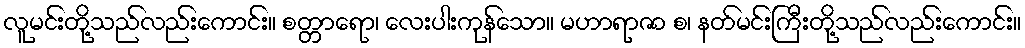
လူမင်းတို့သည်လည်းကောင်း။ စတ္တာရော၊ လေးပါးကုန်သော။ မဟာရာဇာ စ၊ နတ်မင်းကြီးတို့သည်လည်းကောင်း။